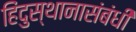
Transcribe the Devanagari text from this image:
हिंदुस्थानासंबंधी